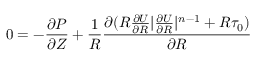
0 = - \frac { \partial P } { \partial Z } + \frac { 1 } { R } \frac { \partial ( R \frac { \partial U } { \partial R } | \frac { \partial U } { \partial R } | ^ { n - 1 } + R \tau _ { 0 } ) } { \partial R }